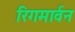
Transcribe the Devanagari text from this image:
रिगमार्वन